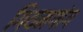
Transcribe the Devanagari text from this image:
गियमगांग